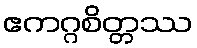
ဧကဂ္ဂစိတ္တဿ